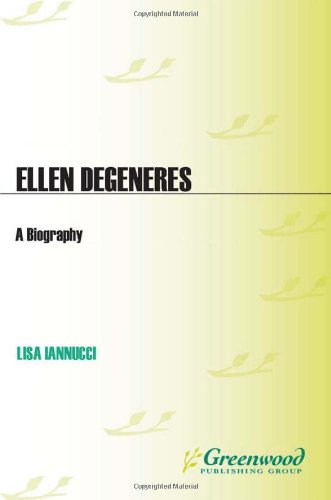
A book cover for Ellen DeGeneres: A Biography (Greenwood Biographies); Lisa Iannucci; Gay & Lesbian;